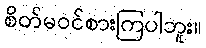
စိတ်မဝင်စားကြပါဘူး။